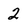
Character: 2